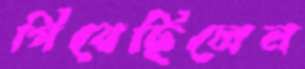
গিয়েছিলেন